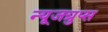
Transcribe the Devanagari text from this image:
न्यूजग्रुप्स